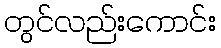
တွင်လည်းကောင်း